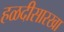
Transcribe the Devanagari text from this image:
हळदीसारखा